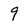
Character: 9